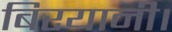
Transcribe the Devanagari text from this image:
बिरयानी।